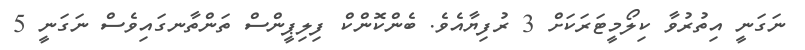
ނަގަނީ އިތުރުވާ ކިލޯމީޓަރަކަށް 3 ރުފިޔާއެވެ. ބެންކޮންކް ފިލިޕީންސް ތަންތާނގައިވެސް ނަގަނީ 5